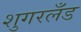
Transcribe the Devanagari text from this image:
शुगरलँड